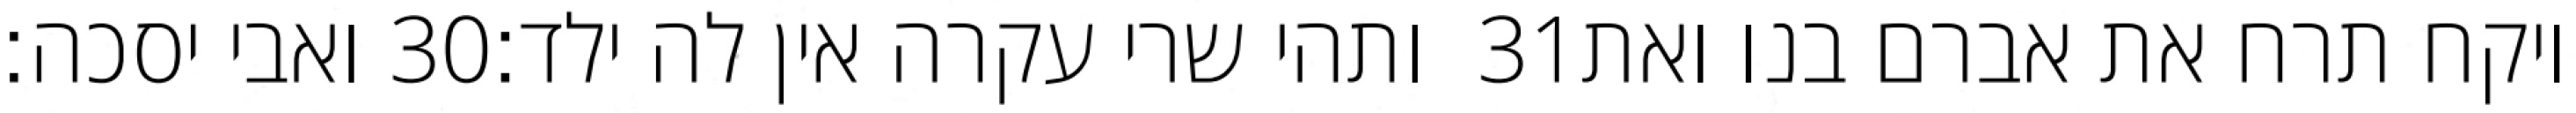
ואבי יסכה׃ ‎30‏ ותהי שרי עקרה אין לה ילד׃ ‎31‏ ויקח תרח את אברם בנו ואת